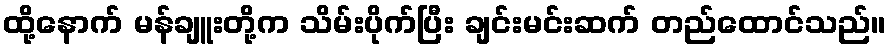
ထို့နောက် မန်ချူးတို့က သိမ်းပိုက်ပြီး ချင်းမင်းဆက် တည်ထောင်သည်။